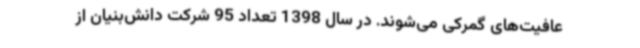
عافیت‌های گمرکی می‌شوند. در سال 1398 تعداد 95 شرکت دانش‌بنیان از